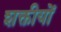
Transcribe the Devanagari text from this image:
शक्तीयों